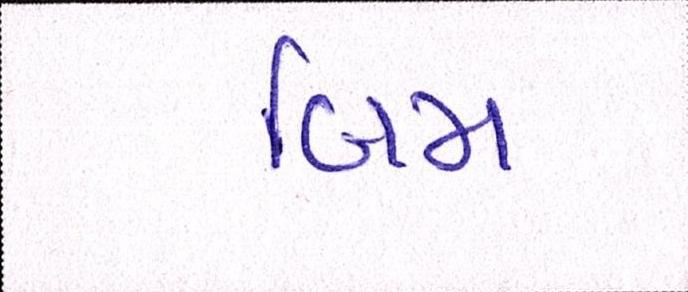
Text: બિમ